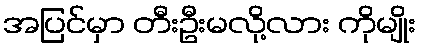
အပြင်မှာ တီးဦးမလို့လား ကိုမျိုး